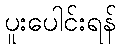
ပူးပေါင်းရန်